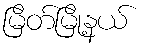
မြိတ်မြို့နယ်